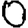
Digit: 0